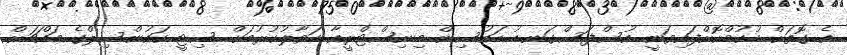
އެ ގޮތަށް ހުކުމްކޮށްފައިވަނީ އުސްފަސްގަނޑު ހައުސިން މިނިސްޓްރީއާ ހަވާލުކުރުމަށް ސިޓީ ކައުންސިލްގެ މައްޗަށް